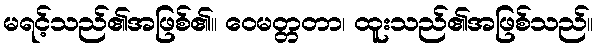
မရင့်သည်၏အဖြစ်၏။ ဝေမတ္တတာ၊ ထူးသည်၏အဖြစ်သည်။